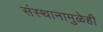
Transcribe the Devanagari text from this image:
संस्थानामुळेही